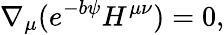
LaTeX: \nabla_{\mu}(e^{-b\psi}H^{\mu\nu})=0,